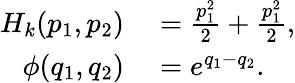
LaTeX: \begin{array}{rl}{H_{k}(p_{1},p_{2})}&{{}=\frac{p_{1}^{2}}{2}+\frac{p_{1}^{2}}{2},}\\ {\phi(q_{1},q_{2})}&{{}=e^{q_{1}-q_{2}}.}\end{array}